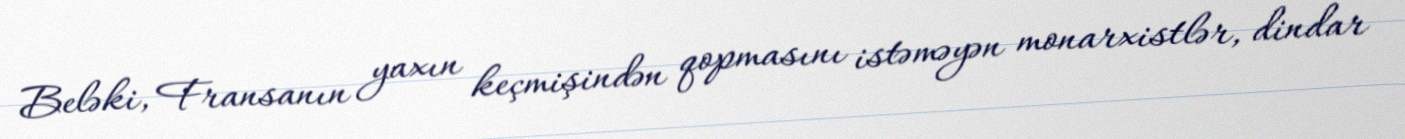
Beləki, Fransanın yaxın keçmişindən qopmasını istəməyən monarxistlər, dindar